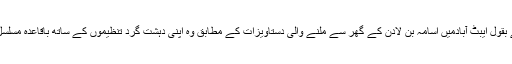
امریکی حکام کے بقول ایبٹ آبادمیں اُسامہ بن لادن کے گھر سے ملنے والی دستاویزات کے مطابق وہ اپنی دہشت گرد تنظیموں کے ساتھ باقاعدہ مسلسل رابطے میں تھا۔